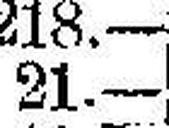
21.—